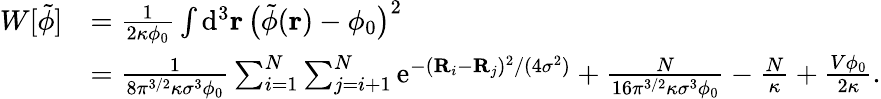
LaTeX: \begin{array}{rl}{W[\tilde{\phi}]}&{=\frac{1}{2\kappa\phi_{0}}\int\mathrm{d}^{3}\mathbf{r}\, \big(\tilde{\phi}(\mathbf{r})-\phi_{0}\big)^{2}}\\ &{=\frac{1}{8\pi^{3/2}\kappa\sigma^{3}\phi_{0}}\sum_{i=1}^{N}\sum_{j=i+1}^{N}\mathrm{e}^{-(\mathbf{R}_{i}-\mathbf{R}_{j})^{2}/(4\sigma^{2})}+\frac{N}{16\pi^{3/2}\kappa\sigma^{3}\phi_{0}}-\frac{N}{\kappa}+\frac{V\phi_{0}}{2\kappa}.}\end{array}